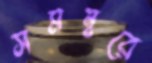
সমন্বরে